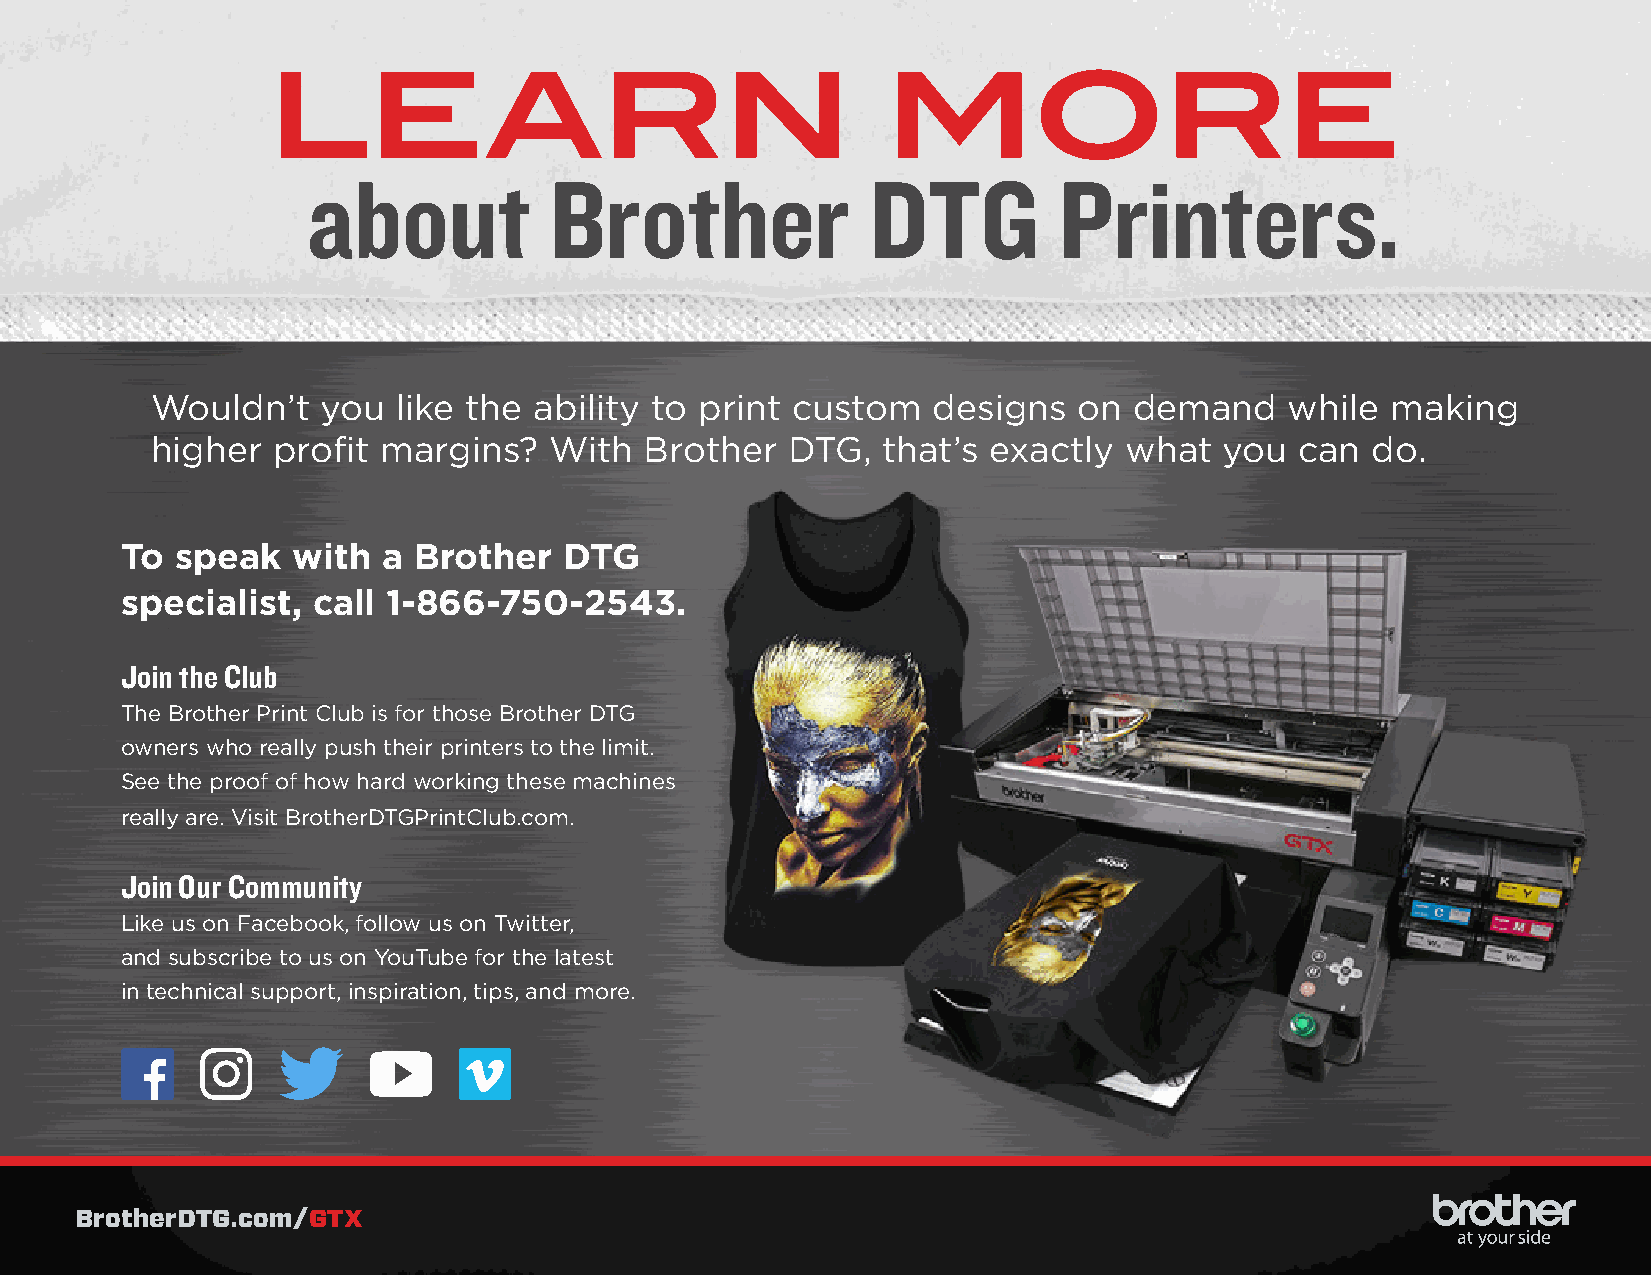
LEARN                                   MORE
 about           Brother               DTG         Printers.
 Wouldn’t   you  like the ability to print custom    designs  on  demand    while  making
 higher  profit margins?   With   Brother  DTG,  that’s  exactly what   you  can  do.
 To  speak  with  a Brother   DTG
 specialist,  call 1-866-750-2543.
 Join the Club
 The Brother Print Club is for those Brother DTG
 owners who really push their printers to the limit.
 See the proof of how hard working these machines
 really are. Visit BrotherDTGPrintClub.com.
 Join Our Community
 Like us on Facebook, follow us on Twitter,
 and subscribe to us on YouTube for the latest
 in technical support, inspiration, tips, and more.
 BrotherDTG.com/GTX